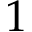
1